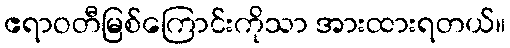
ဧရာဝတီမြစ်ကြောင်းကိုသာ အားထားရတယ်။